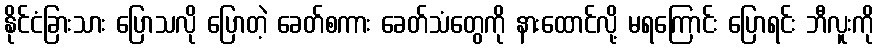
နိုင်ငံခြားသား ပြောသလို ပြောတဲ့ ခေတ်စကား ခေတ်သံတွေကို နားထောင်လို့ မရကြောင်း ပြောရင်း ဘီလူးကို